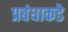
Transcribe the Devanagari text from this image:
प्रबंधाकडे